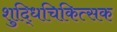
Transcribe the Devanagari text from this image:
शुद्धिचिकित्सक